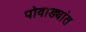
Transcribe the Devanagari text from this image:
पोवाड्यांत